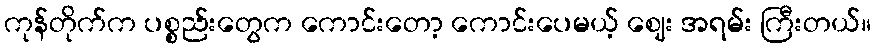
ကုန်တိုက်က ပစ္စည်းတွေက ကောင်းတော့ ကောင်းပေမယ့် ဈေး အရမ်း ကြီးတယ်။